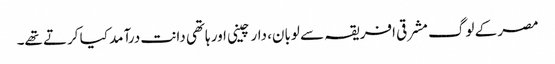
مصر کے لوگ مشرقی افریقہ سے لوبان، دار چینی اور ہاتھی دانت درآمد کیا کرتے تھے۔